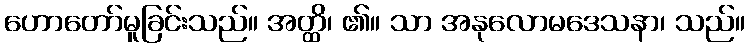
ဟောတော်မူခြင်းသည်။ အတ္ထိ၊ ၏။ သာ အနုလောမဒေသနာ၊ သည်။